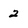
Character: 2